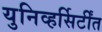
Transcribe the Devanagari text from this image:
युनिव्हर्सिर्टींत